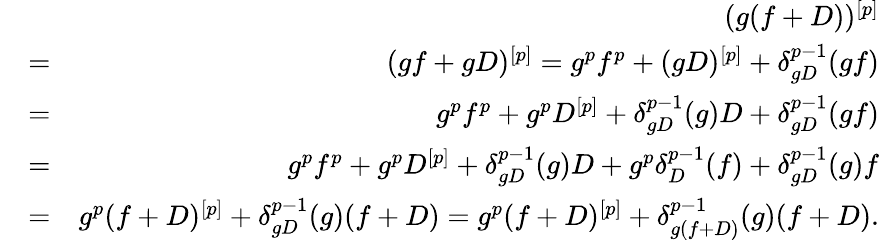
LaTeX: \begin{array}{rlr}&{}&{(g(f+D))^{[p]}}\\ &{=}&{(gf+gD)^{[p]}=g^{p}f^{p}+(gD)^{[p]}+\delta_{gD}^{p-1}(gf)}\\ &{=}&{g^{p}f^{p}+g^{p}D^{[p]}+\delta_{gD}^{p-1}(g)D+\delta_{gD}^{p-1}(gf)}\\ &{=}&{g^{p}f^{p}+g^{p}D^{[p]}+\delta_{gD}^{p-1}(g)D+g^{p}\delta_{D}^{p-1}(f)+\delta_{gD}^{p-1}(g)f}\\ &{=}&{g^{p}(f+D)^{[p]}+\delta_{gD}^{p-1}(g)(f+D)=g^{p}(f+D)^{[p]}+\delta_{g(f+D)}^{p-1}(g)(f+D).}\end{array}